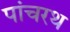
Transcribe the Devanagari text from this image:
पांचरथ